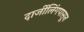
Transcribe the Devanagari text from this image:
दार्जीलिंगपासून